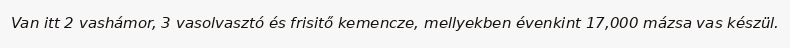
Van itt 2 vashámor, 3 vasolvasztó és frisitő kemencze, mellyekben évenkint 17,000 mázsa vas készül.